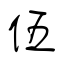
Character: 伍